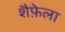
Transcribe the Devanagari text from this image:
शैफ़ेला